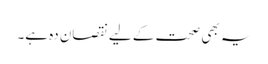
یہ بھی صحت کے لیے نقصان دہ ہے۔